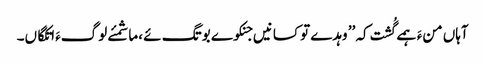
آہاں منءَ ہمے گُشت کہ ’’ وہدے تو کسانیں جنکوے بوتگ ئے ،ما شمئے لوگءَ اتکگاں۔